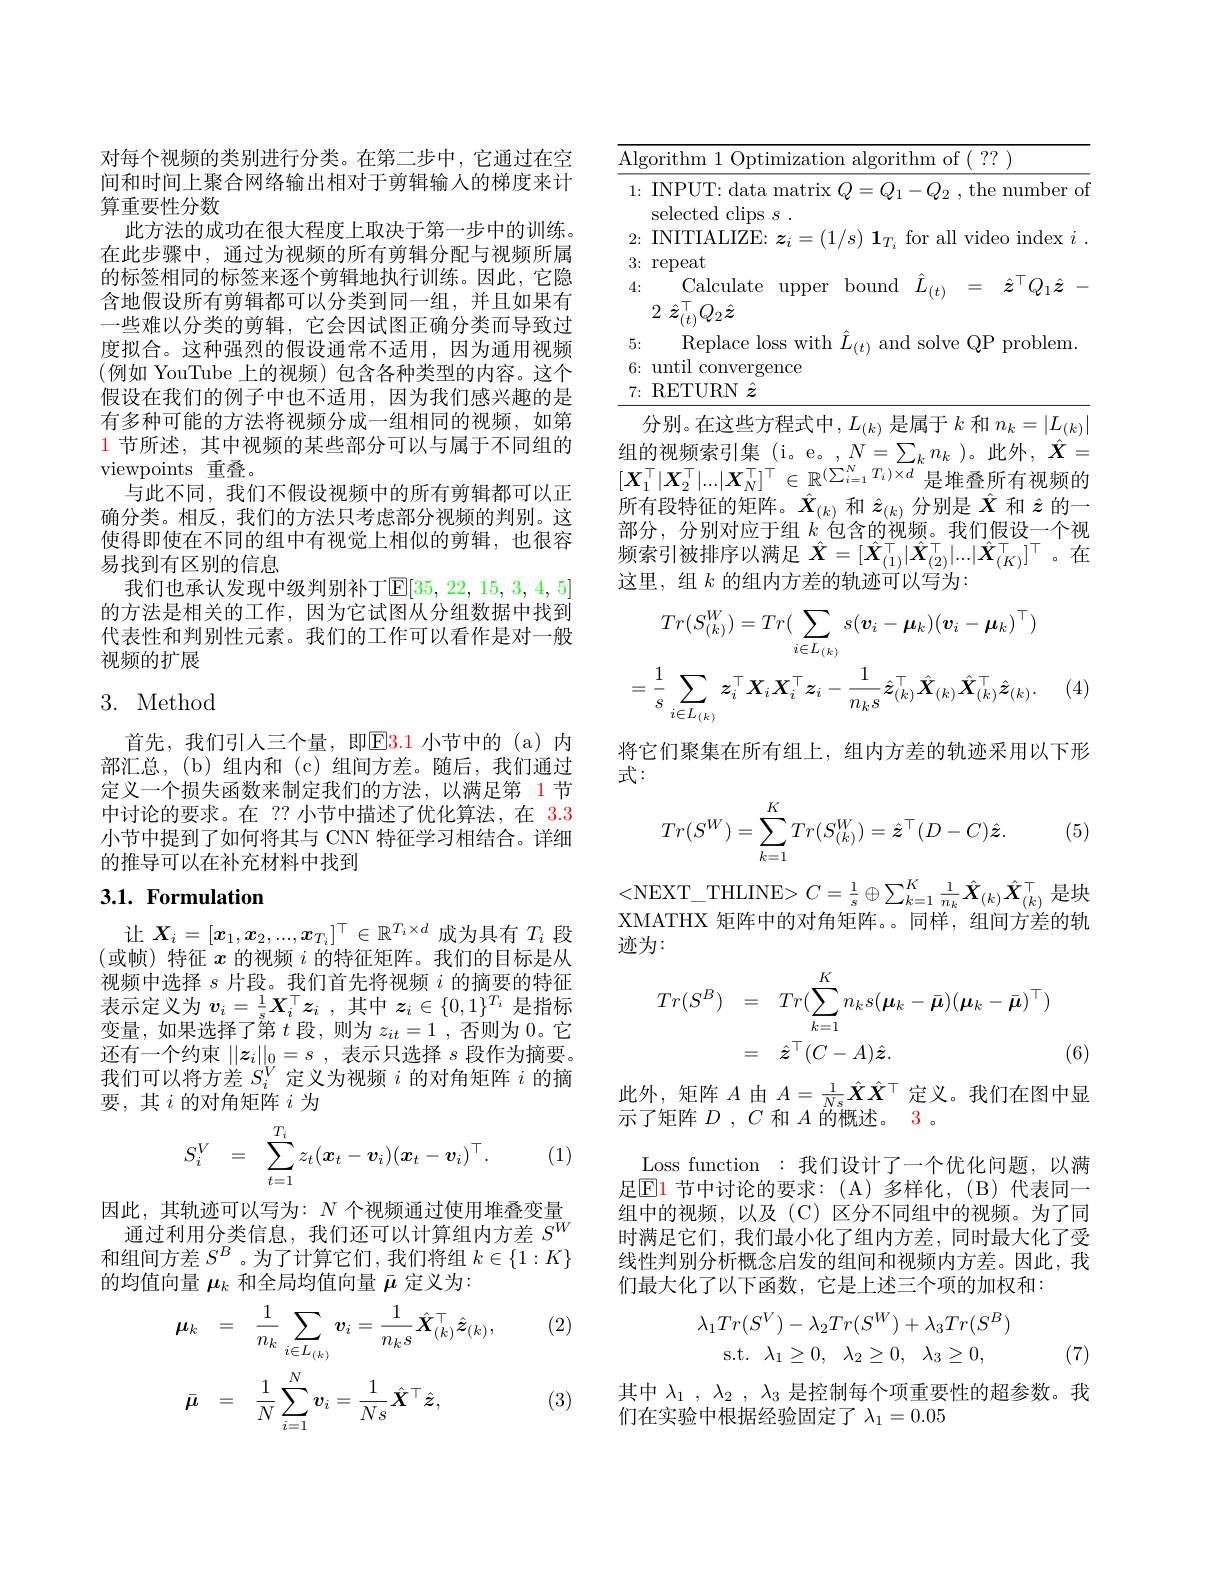
对每个视频的类别进行分类。在第二步中，它通过在空间和时间上聚合网络输出相对于剪辑输人的梯度来计算重要性分数
此方法的成功在很大程度上取决于第一步中的训练。在此步骤中，通过为视频的所有剪辑分配与视频所属的标签相同的标签来逐个剪辑地执行训练。因此，它隐含地假设所有剪辑都可以分类到同一组，并且如果有一些难以分类的剪辑，它会因试图正确分类而导致过度拟合。这种强烈的假设通常不适用，因为通用视频(例如 YouTube 上的视频)包含各种类型的内容。这个假设在我们的例子中也不适用，因为我们感兴趣的是有多种可能的方法将视频分成一组相同的视频，如第1节所述，其中视频的某些部分可以与属于不同组的viewpoints 重叠。
与此不同，我们不假设视频中的所有剪辑都可以正确分类。相反，我们的方法只考虑部分视频的判别。这使得即使在不同的组中有视觉上相似的剪辑，也很容易找到有区别的信息
我们也承认发现中级判别补丁$\mathbb{E}[35,22,15,3,4,5]$ 的方法是相关的工作，因为它试图从分组数据中找到代表性和判别性元素。我们的工作可以看作是对一般视频的扩展

## 3. Method

首先，我们引人三个量，即$\boxed{\mathrm{E}}3.1$ 小节中的(a)内部汇总，(b)组内和(c)组间方差。随后，我们通过定义一个损失函数来制定我们的方法，以满足第 1节中讨论的要求。在 ?? 小节中描述了优化算法，在 3.3小节中提到了如何将其与 CNN 特征学习相结合。详细的推导可以在补充材料中找到

## 3.1. Formulation

让$X_i=[x_1,x_2,...,x_{T_i}]^\top\in\mathbb{R}^{T_i\times d}$成为具有$T_i$段(或帧)特征$x$的视频$i$的特征矩阵。我们的目标是从视频中选择$s$片段。我们首先将视频$i$的摘要的特征表示定义为$v_i= \frac 1sX_i^\top z_i$ ,其中$z_i\in\{0,1\}^T_i$是指标变量，如果选择了第$t$段，则为$z_it=1$ ,否则为0。它还有一个约束$||z_i||_0=s$ ,表示只选择$s$段作为摘要。我们可以将方差$S_i^V$定义为视频$i$的对角矩阵$i$的摘要，其$i$的对角矩阵$i$为
$$S_i^V\quad=\quad\sum_{t=1}^{T_i}z_t(\boldsymbol{x}_t-\boldsymbol{v}_i)(\boldsymbol{x}_t-\boldsymbol{v}_i)^\top.$$
(1)

因此，其轨迹可以写为：$N$个视频通过使用堆叠变量通过利用分类信息，我们还可以计算组内方差$S^W$ 和组间方差$S^B$ 。为了计算它们，我们将组$k\in\{1:K\}$ 的均值向量$\boldsymbol{\mu}_k$和全局均值向量$\bar{\mu}$定义为：

(2)
$$\begin{aligned}&\mu_{k}=\quad\frac{1}{n_{k}}\sum_{i\in L_{(k)}}\boldsymbol{v}_{i}=\frac{1}{n_{k}s}\hat{\boldsymbol{X}}_{(k)}^{\top}\hat{\boldsymbol{z}}_{(k)},\\&\bar{\boldsymbol{\mu}}=\quad\frac{1}{N}\sum_{i=1}^{N}\boldsymbol{v}_{i}=\frac{1}{Ns}\hat{\boldsymbol{X}}^{\top}\hat{\boldsymbol{z}},\end{aligned}$$
(3)

<table>
	<tbody>
		<tr>
			<td>Algorithm 1 Optimization</td>
			<td>${\mathrm{algorithm~of~(~??~)}}$</td>
		</tr>
		<tr>
			<td>$1\colon$INPUT: data matrix selected $l$clips $\varsigma$</td>
			<td>${\mathcal D}=Q_{1}-Q_{2}$ , the number of</td>
		</tr>
		<tr>
			<td>2{:}INITIALIZE: $\boldsymbol z_i=(1$ 3: repeat</td>
			<td>$\langle s\rangle~\mathbf1_{T_{i}}~$for all video index $i~.$</td>
		</tr>
		<tr>
			<td>$\mathbf{u}PP$ 2 $\hat{z} _{( t) }^{\top }Q_{2}\hat{z}$</td>
			<td>${}^{{\boldsymbol{\omega}}}(t)$</td>
		</tr>
		<tr>
			<td>7: RETURN $\hat{z}$</td>
			<td> </td>
		</tr>
	</tbody>
</table>

分别。在这些方程式中，$L_(k)$是属于$k$和$n_k=|L_(k)|$ 组的视频索引集 (i。e。,$N=\sum_kn_k$ )。此外，$\hat{X}=$ $[X_1^\top|X_2^\top|...|X_N^\top]^\top\in\mathbb{R}^{(\sum_{i=1}^NT_i)\times d}$是堆叠所有视频的所有段特征的矩阵。$\hat{\boldsymbol{X}}_{(k)}$和$\hat{\boldsymbol{z}}_{(k)}$分别是$\hat{\boldsymbol{X}}$和$\hat{\boldsymbol{z}}$的一部分，分别对应于组$k$包含的视频。我们假设一个视频索引被排序以满足$\hat{\boldsymbol{X}}=[\hat{\boldsymbol{X}}_{(1)}^\top|\hat{\boldsymbol{X}}_{(2)}^\top|...|\hat{\boldsymbol{X}}_{(K)}^\top]^\top$。在这里，组$k$的组内方差的轨迹可以写为：
$$Tr(S_{(k)}^{W})=Tr(\sum_{i\in L_{(k)}}s(\boldsymbol{v}_{i}-\boldsymbol{\mu}_{k})(\boldsymbol{v}_{i}-\boldsymbol{\mu}_{k})^{\top})\\=\frac{1}{s}\sum_{i\in L_{(k)}}\boldsymbol{z}_{i}^{\top}\boldsymbol{X}_{i}\boldsymbol{X}_{i}^{\top}\boldsymbol{z}_{i}-\frac{1}{n_{k}s}\hat{z}_{(k)}^{\top}\hat{\boldsymbol{X}}_{(k)}\hat{\boldsymbol{X}}_{(k)}^{\top}\hat{\boldsymbol{z}}_{(k)}.$$
(4)

将它们聚集在所有组上，组内方差的轨迹采用以下形
式：
$$Tr(S^W)=\sum_{k=1}^KTr(S_{(k)}^W)=\hat{\boldsymbol{z}}^\top(D-C)\hat{\boldsymbol{z}}.$$
(5)

<NEXT\_THLINE>$C=\frac1s\oplus\sum_{k=1}^K\frac1{n_k}\hat{\boldsymbol{X}}_{(k)}\hat{\boldsymbol{X}}_{(k)}^\top$是块XMATHX 矩阵中的对角矩阵。。同样，组间方差的轨迹为：
$$\begin{aligned}Tr(S^{B})&=\quad Tr(\sum_{k=1}^{K}n_{k}s(\boldsymbol{\mu}_{k}-\bar{\boldsymbol{\mu}})(\boldsymbol{\mu}_{k}-\bar{\boldsymbol{\mu}})^{\top})\\&=\quad\hat{\boldsymbol{z}}^\top(C-A)\hat{\boldsymbol{z}}.\end{aligned}$$
(6)

此外，矩阵$A$由$A=\frac1{Ns}\hat{X}\hat{X}^\top$定义。我们在图中显
示了矩阵$D$ , $C$和$A$的概述。3 。

Loss function :我们设计了一个优化问题，以满足$\operatorname{El}$ 节中讨论的要求：(A)多样化，(B)代表同一组中的视频，以及(C)区分不同组中的视频。为了同时满足它们，我们最小化了组内方差，同时最大化了受线性判别分析概念启发的组间和视频内方差。因此，我们最大化了以下函数，它是上述三个项的加权和：
$$\begin{aligned}\lambda_1Tr(S^V)-\lambda_2Tr(S^W)+\lambda_3Tr(S^B)\\\mathrm{s.t.}\quad\lambda_1\geq0,\quad\lambda_2\geq0,\quad\lambda_3\geq0,\end{aligned}$$
(7)

其中$\lambda _1$ , $\lambda _2$ , $\lambda _3$是控制每个项重要性的超参数。我
们在实验中根据经验固定了$\lambda_1=0.05$